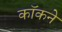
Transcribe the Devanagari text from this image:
कॉकने